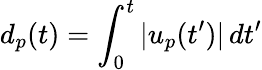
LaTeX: d_{p}(t)=\int_{0}^{t}|u_{p}(t^{\prime})|\, dt^{\prime}